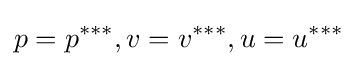
p=p^{***},v=v^{***},u=u^{***}